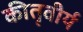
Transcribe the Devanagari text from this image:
कीतृवीर्य